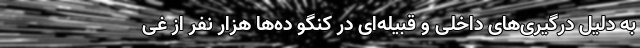
به دلیل درگیری‌های داخلی و قبیله‌ای در کنگو ‌ده‌ها هزار نفر از غی